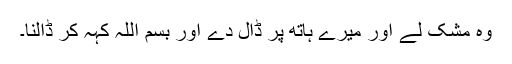
وہ مشک لے اور میرے ہاتھ پر ڈال دے اور بسم اللہ کہہ کر ڈالنا۔